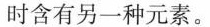
时含有另一种元素。